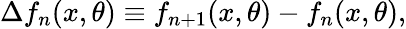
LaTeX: \Delta f_{n}(x,\theta)\equiv f_{n+1}(x,\theta)-f_{n}(x,\theta),